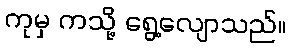
ကုမှ ကသို့ ရွေ့လျောသည်။